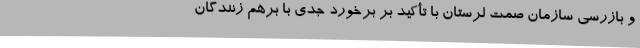
و بازرسی سازمان صمت لرستان با تأکید بر برخورد جدی با برهم زنندگان